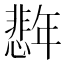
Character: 𪪈